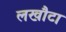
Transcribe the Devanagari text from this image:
लखौटा